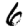
Digit: 6